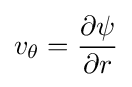
v_{\theta }={\frac {\partial \psi }{\partial r}}